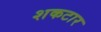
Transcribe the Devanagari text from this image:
शकटार